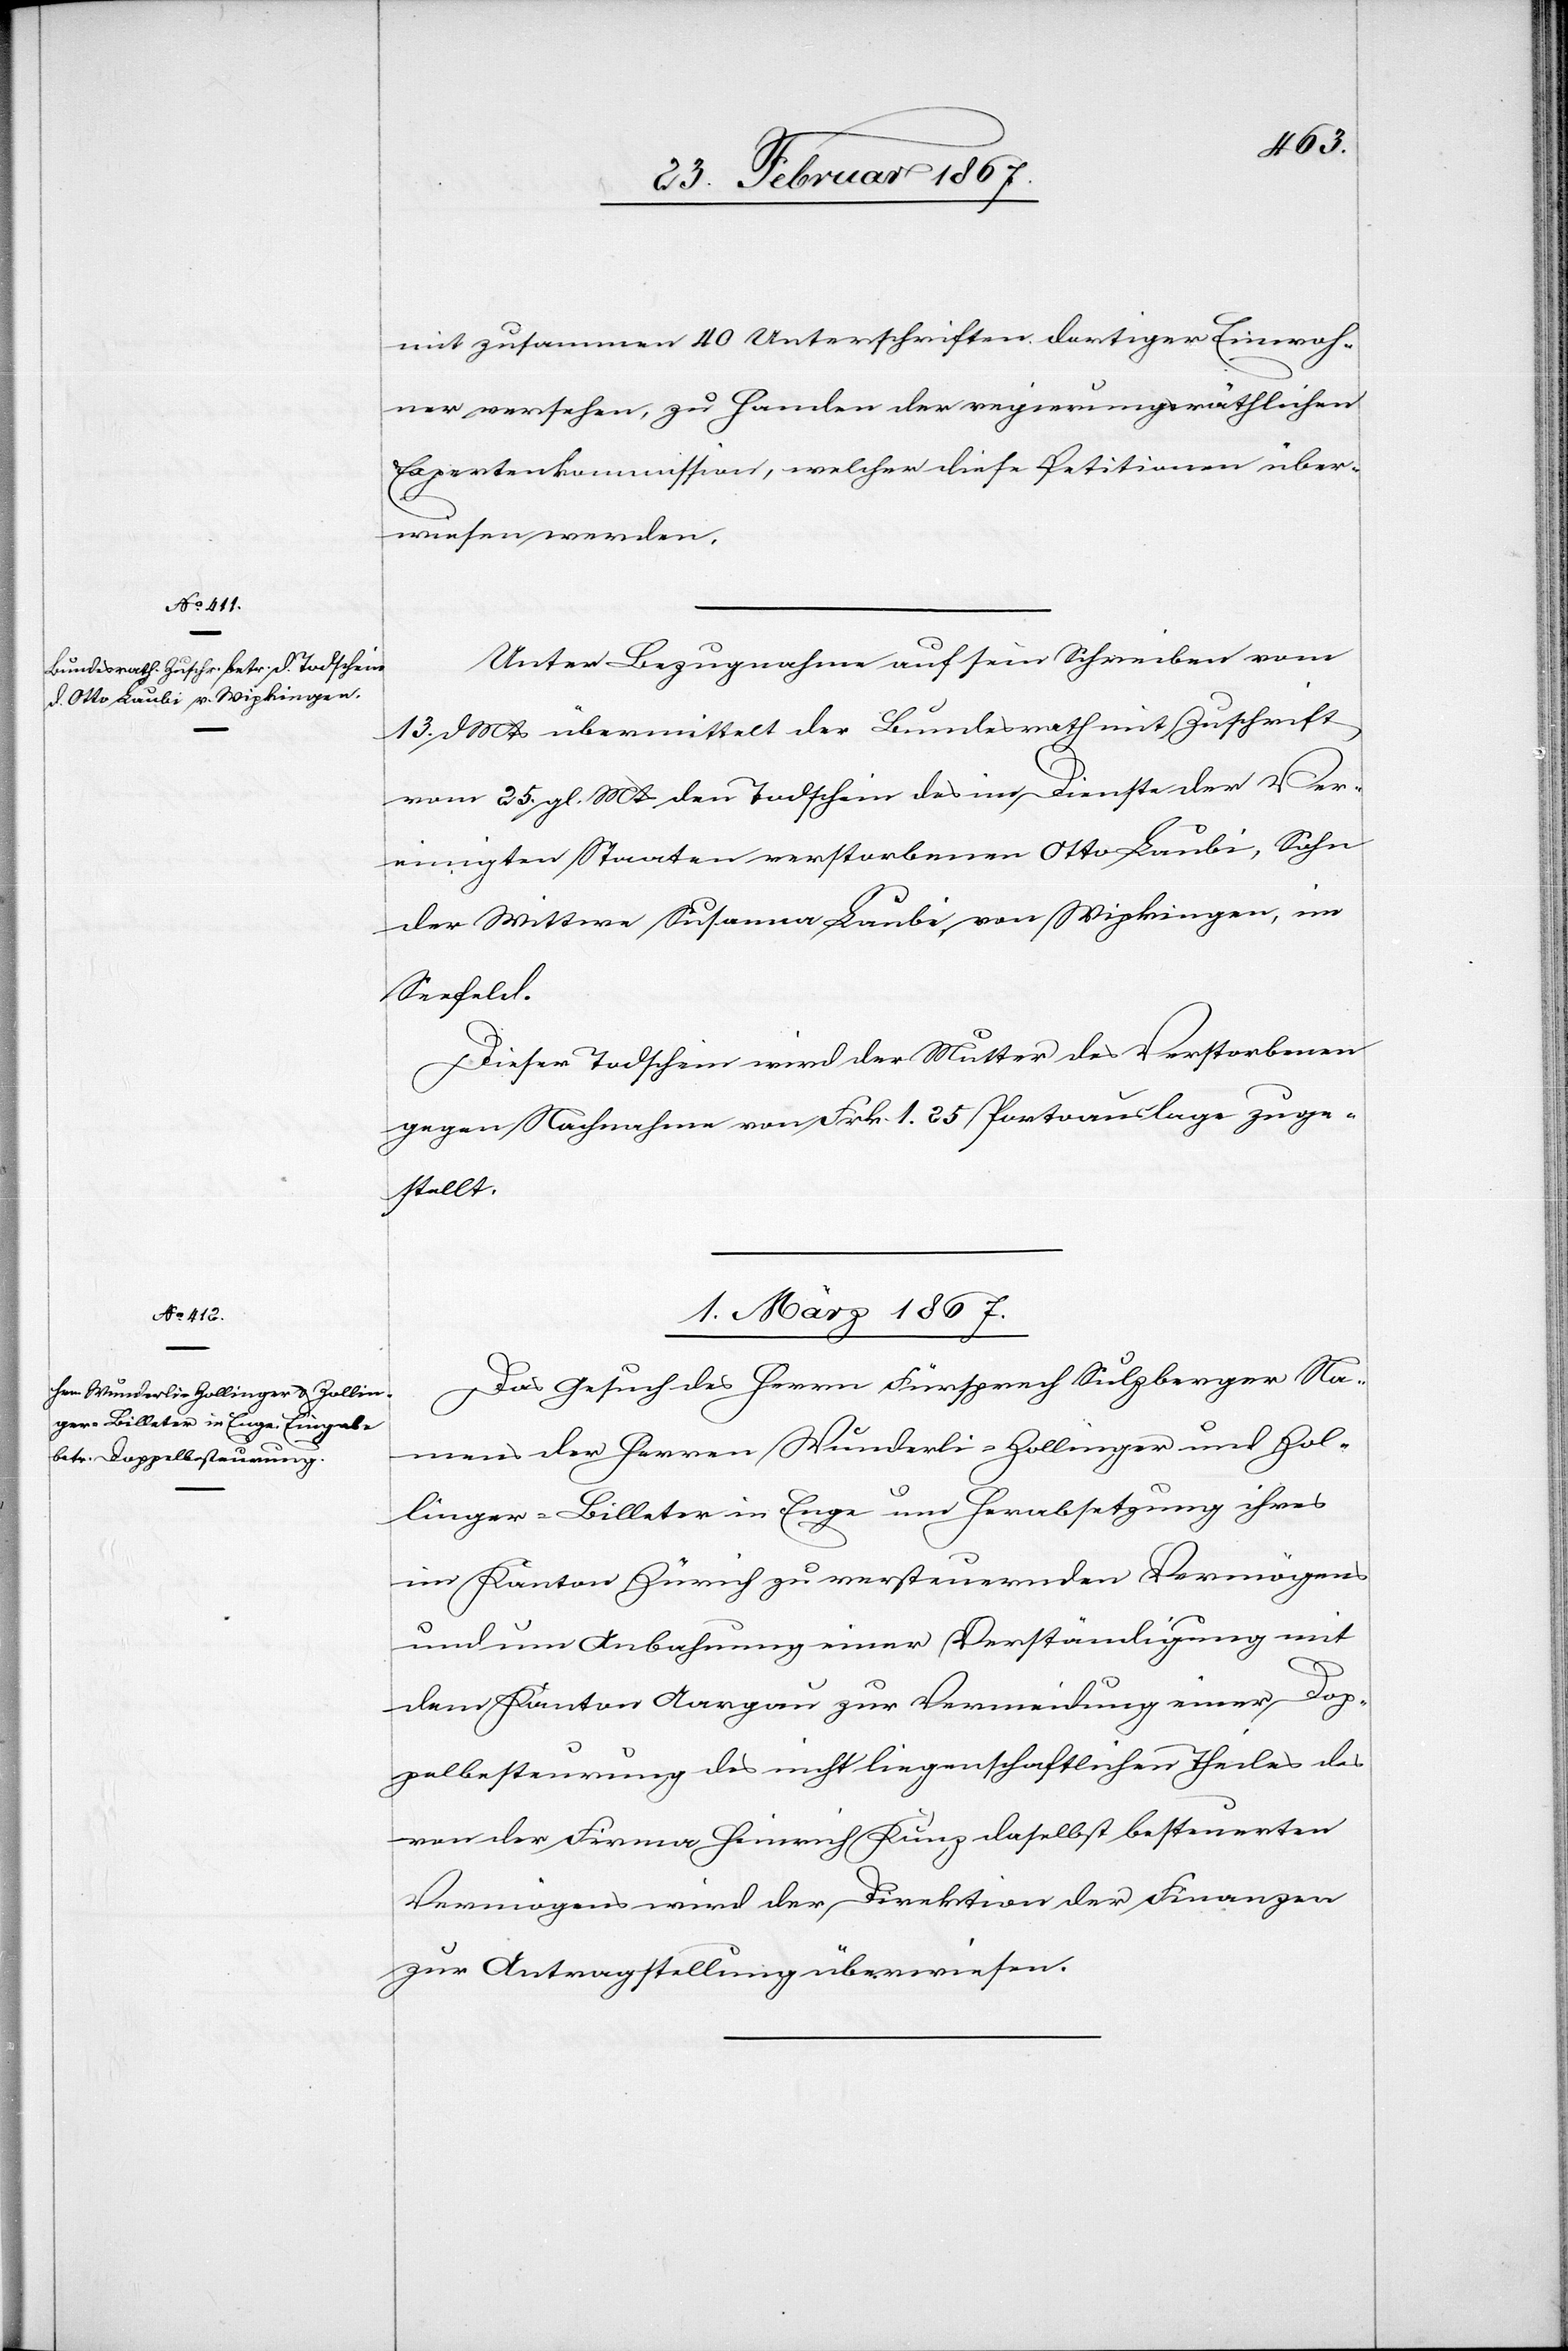
28. Februar 1867.]
mit zusammen 40 Unterschriften dortiger Einwoh¬
ner versehen, zu Handen der regierungsräthlichen
Expertenkommission, welcher diese Petitionen über¬
wiesen werden.
Unter Bezugnahme auf sein Schreiben vom
13. d. Mts übermittelt der Bundesrath mit Zuschrift
vom 25. gl. Mts den Todschein des im Dienste der Ver¬
einigten Staaten verstorbenen Otto Laubi, Sohn
der Wittwe Susanna Laubi, von Wipkingen, im
Seefeld.
Dieser Todschein wird der Mutter des Verstorbenen
gegen Nachnahme von Frk. 1. 25 Portoauslagen zuge¬
stellt.
01. März 1867.
Das Gesuch des Herrn Fürsprech Sulzberger Na¬
mens der Herren Wunderli-Zollinger und Zol¬
linger-Billeter in Enge um Herabsetzung ihres
im Kanton Zürich zu versteuernden Vermögens
und um Anbahnung einer Verständigung mit
dem Kanton Aargau zur Vermeidung einer Dop¬
pelbesteuerung des nicht liegenschaftlichen Theiles des
von der Firma Heinrich Kunz daselbst besteuerten
Vermögens wird der Direktion der Finanzen
zur Antragstellung überwiesen.